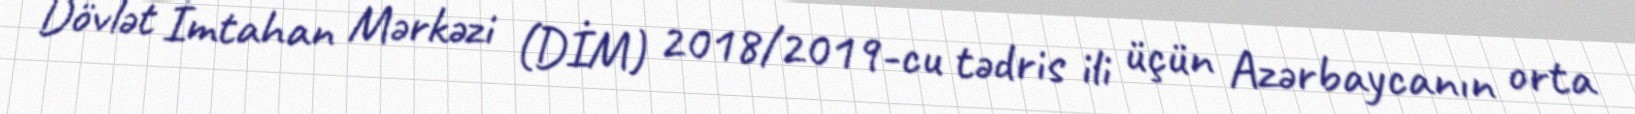
Dövlət İmtahan Mərkəzi (DİM) 2018/2019-cu tədris ili üçün Azərbaycanın orta